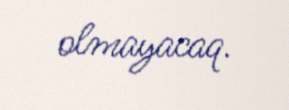
olmayacaq.